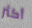
أكثر